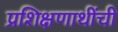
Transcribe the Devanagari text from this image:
प्रशिक्षणाथींची